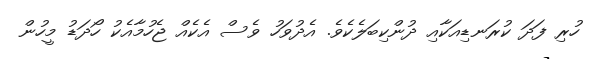
ހުރި ފަދަ ކުރަނޑިއަކާއި ދުންކިބަލެކެވެ. އެދުވަހު ވެސް އެކެއް ޖެހުމާއެކު ހޯދަޑު މީހުން